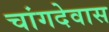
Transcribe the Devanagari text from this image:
चांगदेवास